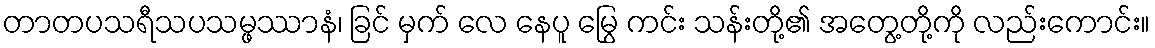
တာတပသရီသပသမ္ဖဿာနံ၊ ခြင် မှက် လေ နေပူ မြွေ ကင်း သန်းတို့၏ အတွေ့တို့ကို လည်းကောင်း။